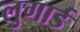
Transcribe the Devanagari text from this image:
लुगार्ड